Newspaper: The Cairo bulletin. [volume]
Place of publication: Cairo, Ill.
Publisher: John H. Oberly
Date: 1875-02-03 00:00:00
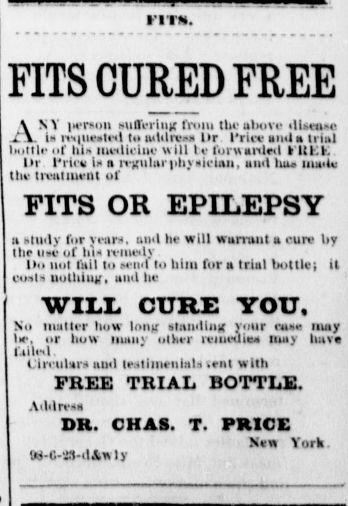
Advertisement text (OCR):
lirs, FITS CURED FREE ANY person MiOertiiK rroiu the above dt(ia . is rctietfd to uditrvss llr I'rirv and a trial bottle or his mcillclnc will le forwarded I'ltl.K Dr Price is a lvKUlarpbyslclau, and luw mailc tbe tivatmeilt of FITS OR EPILEPSY a study rnrjears, and be will warrant a cure by Ilie u.e ol ins ivnioiy Do not tail to send to liliu for a trial bottle) il costs nullilnif, nml be WIIX CURE YOU, No matter bow Ion); ttauillnx your ram may Im-, or bow many other iciueilles may have railed Client r inul teatlmeulauvent with FREE TRIAL BOTTLE. Addrvs BR. CHAS. T. PRICE New York W-C-'iVdAvvly
Label: text-only